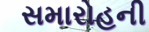
સમારોહની